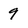
Character: 9